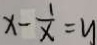
x - \frac { 1 } { x } = y